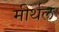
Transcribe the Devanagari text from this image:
मीर्थल